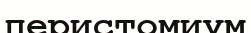
перистомиум